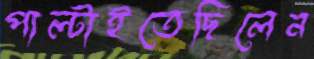
পাল্‌টাইতেছিলেন